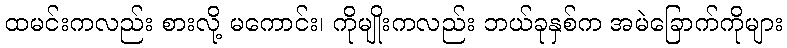
ထမင်းကလည်း စားလို့ မကောင်း၊ ကိုမျိုးကလည်း ဘယ်ခုနှစ်က အမဲခြောက်ကိုများ